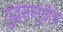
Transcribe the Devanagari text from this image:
युद्धसामुग्रीचे